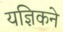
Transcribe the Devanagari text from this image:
यज्ञिकने